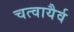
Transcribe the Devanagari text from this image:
चत्वायैर्व